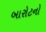
બારોટનો